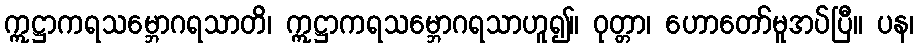
ဣဋ္ဌာကရသမ္ဘောဂရသာတိ၊ ဣဋ္ဌာကရသမ္ဘောဂရသာဟူ၍။ ဝုတ္တာ၊ ဟောတော်မူအပ်ပြီ။ ပန၊